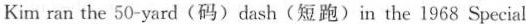
Kim ran the 50-yard(码)dash(短跑)in the 1968 Special